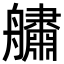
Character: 𦪺